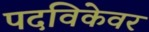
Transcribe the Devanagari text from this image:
पदविकेवर